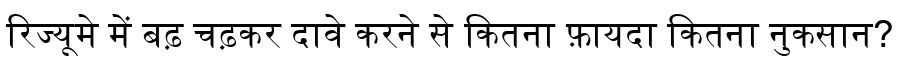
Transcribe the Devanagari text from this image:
रिज्यूमे में बढ़ चढ़कर दावे करने से कितना फ़ायदा कितना नुकसान?